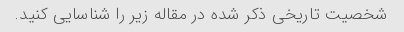
شخصیت تاریخی ذکر شده در مقاله زیر را شناسایی کنید.